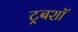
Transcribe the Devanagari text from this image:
ट्रबशॉ